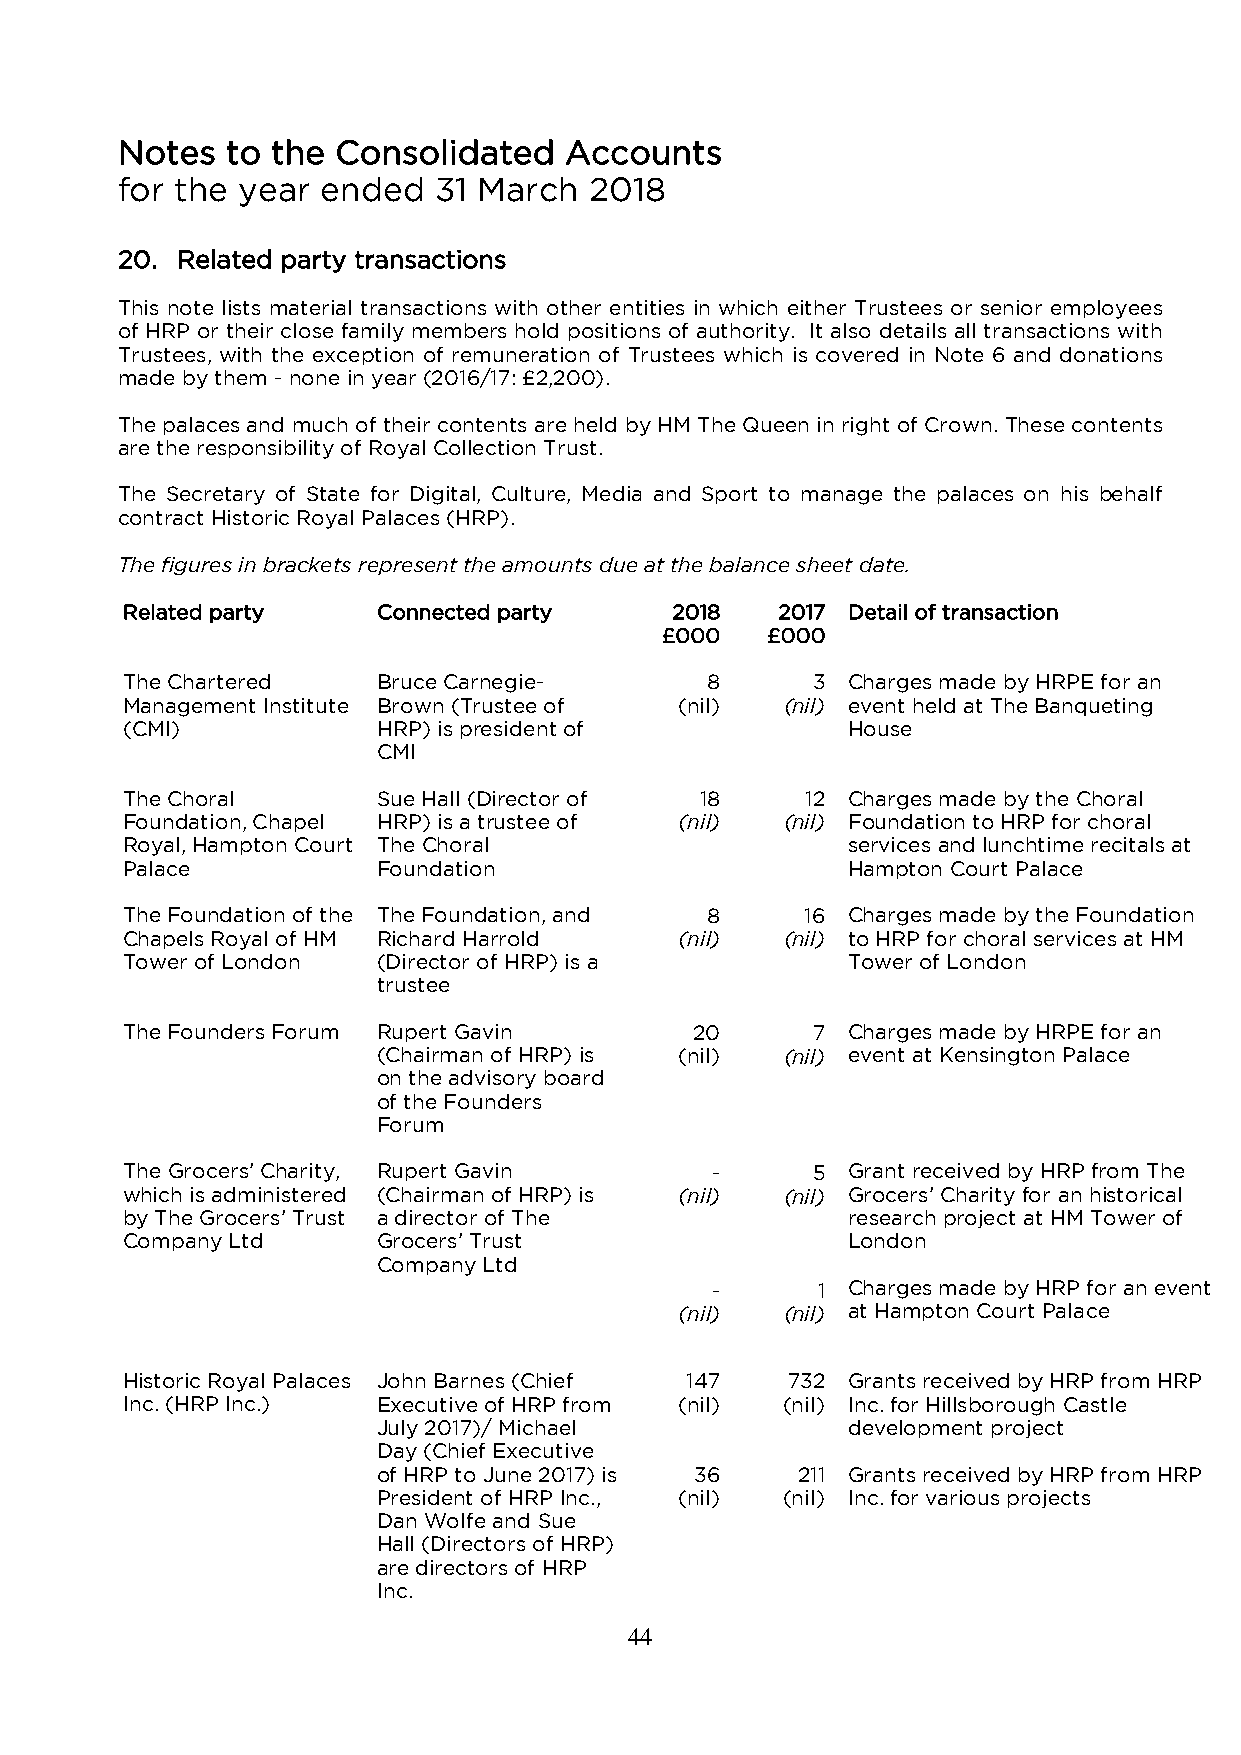
Notes  to the Consolidated   Accounts
 for the year ended   31 March  2018
 20. Related party transactions
 This note lists material transactions with other entities in which either Trustees or senior employees
 of HRP or their close family members hold positions of authority. It also details all transactions with
 Trustees, with the exception of remuneration of Trustees which is covered in Note 6 and donations
 made by them - none in year (2016/17: £2,200).
 The palaces and much of their contents are held by HM The Queen in right of Crown. These contents
 are the responsibility of Royal Collection Trust.
 The Secretary of State for Digital, Culture, Media and Sport to manage the palaces on his behalf
 contract Historic Royal Palaces (HRP).
 The figures in brackets represent the amounts due at the balance sheet date.
 Related party    Connected party    2018   2017 Detail of transaction
 £000   £000
 The Chartered    Bruce Carnegie-       8      3 Charges made by HRPE for an
 Management Institute Brown (Trustee of (nil) (nil) event held at The Banqueting
 (CMI)            HRP) is president of           House
 CMI
 The Choral       Sue Hall (Director of 18    12 Charges made by the Choral
 Foundation, Chapel HRP) is a trustee of (nil) (nil) Foundation to HRP for choral
 Royal, Hampton Court The Choral                 services and lunchtime recitals at
 Palace           Foundation                     Hampton Court Palace
 The Foundation of the The Foundation, and 8  16 Charges made by the Foundation
 Chapels Royal of HM Richard Harrold  (nil)  (nil) to HRP for choral services at HM
 Tower of London  (Director of HRP) is a         Tower of London
 trustee
 The Founders Forum Rupert Gavin       20      7 Charges made by HRPE for an
 (Chairman of HRP) is (nil) (nil) event at Kensington Palace
 on the advisory board
 of the Founders
 Forum
 The Grocers’ Charity, Rupert Gavin     -      5 Grant received by HRP from The
 which is administered (Chairman of HRP) is (nil) (nil) Grocers’ Charity for an historical
 by The Grocers’ Trust a director of The         research project at HM Tower of
 Company Ltd      Grocers’ Trust                 London
 Company Ltd
 -      1 Charges made by HRP for an event
 (nil)  (nil) at Hampton Court Palace
 Historic Royal Palaces John Barnes (Chief 147 732 Grants received by HRP from HRP
 Inc. (HRP Inc.)  Executive of HRP from (nil) (nil) Inc. for Hillsborough Castle
 July 2017)/ Michael            development project
 Day (Chief Executive
 of HRP to June 2017) is 36  211 Grants received by HRP from HRP
 President of HRP Inc., (nil) (nil) Inc. for various projects
 Dan Wolfe and Sue
 Hall (Directors of HRP)
 are directors of HRP
 Inc.
 44